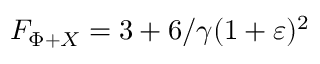
F _ { \Phi + X } = 3 + 6 / \gamma ( 1 + \varepsilon ) ^ { 2 }